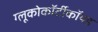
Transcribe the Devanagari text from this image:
ग्लूकोकॉर्टीकॉयड